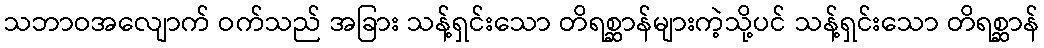
သဘာဝအလျောက် ဝက်သည် အခြား သန့်ရှင်းသော တိရစ္ဆာန်များကဲ့သို့ပင် သန့်ရှင်းသော တိရစ္ဆာန်